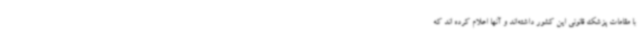
با مقامات پزشک قانونی این کشور داشته‌اند و آنها اعلام کرده اند که